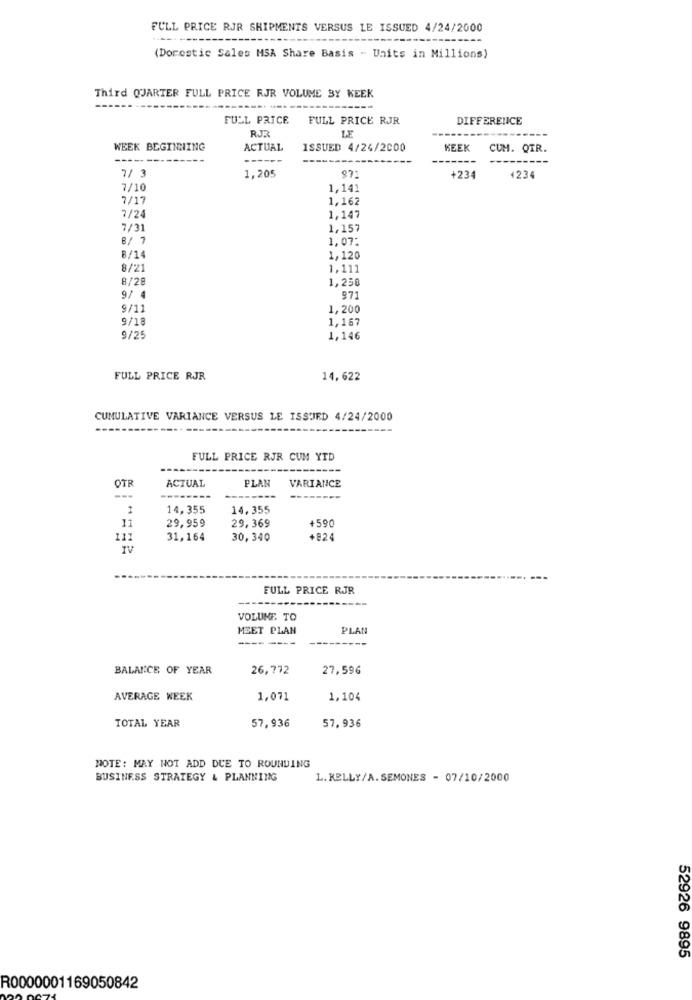
FULL PRICE RJR SHIPMENTS VERSUS LE ISSUED 4/24/2000
--------
(Dorestic Sales MSA Share Basis - Units in Millions)
Third QUARTER FULL PRICE RJR VOLUME BY WEEK
FULL PRICE
FULL PRICE RJR
DIFFERENCE
RJR
LE
WEEK BEGINNING
ACTUAL
ISSUED 4/24/2000
KEEK
CUM. QTR.
------
7/ 3
1,205
97
+234
1234
7/10
1,141
7/17
1,162
7/24
1,147
7/31
1,157
8/ 7
1,07:
8/14
1,120
8/21
1.111
8/28
1.250
9/ 4
971
9/11
1,200
9/18
1,187
9/25
1,146
FULL PRICE RJR
14,622
CUMULATIVE VARIANCE VERSUS LE ISSUED 4/24/2000
FULL PRICE RJR CUM YTD
OT
ACTUAL
PLAN
VARIANCE
---
14,355
14.355
29,959
29,369
+590
11
31,164
30,340
+824
FULL PRICE RJR
VOLUME. TO
MEET PLAN
PLAN
--------
BALANCE OF YEAR
26,772
27,596
AVERAGE WEEK
1,071
1,104
TOTAL YEAR
57,936
57,936
NOTE: MAY NOT ADD DUE TO ROUNDING
BUSINESS STRATEGY & PLANNING
L. KELLY/A. SEMONES - 07/10/2000
52926 9895
R0000001169050842